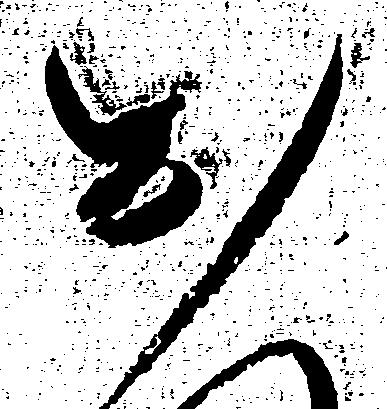
お